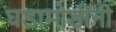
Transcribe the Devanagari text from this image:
घडामोडींनी